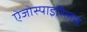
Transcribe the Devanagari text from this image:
ऐजोस्पाइरिलम